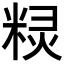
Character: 𮇤